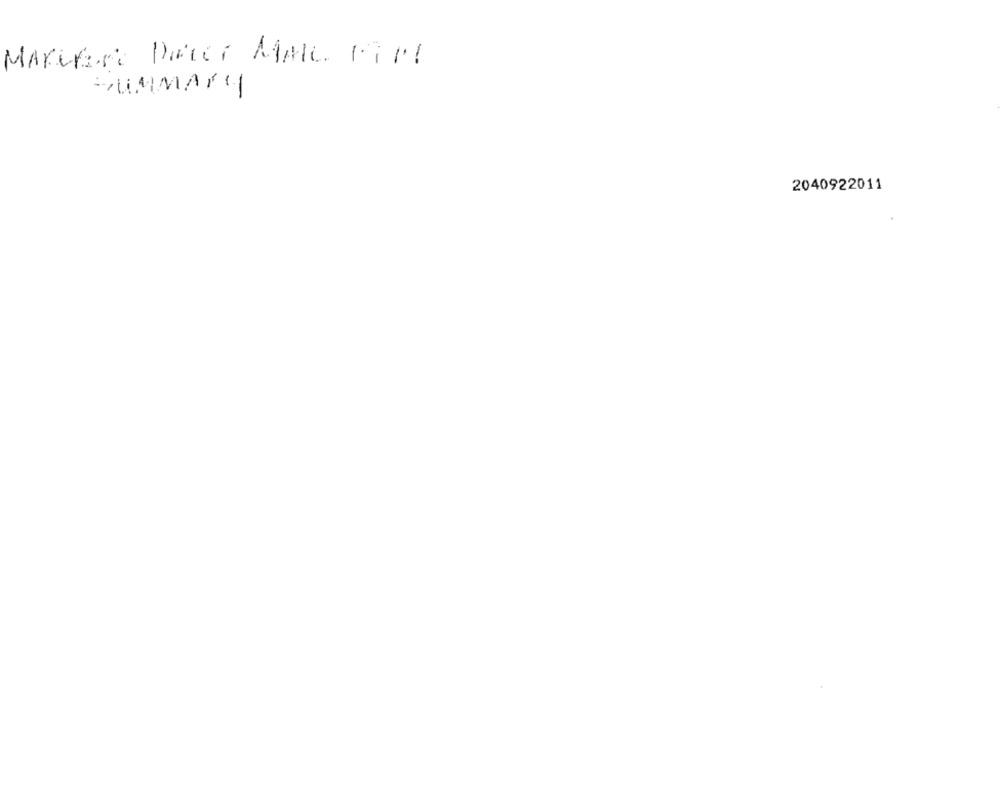
MARCBESE DONT MAKE HIM!
SUMMARY
2040922011